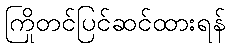
ကြိုတင်ပြင်ဆင်ထားရန်